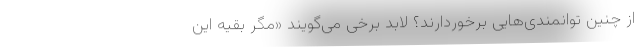
از چنین توانمندی‌هایی برخوردارند؟ لابد برخی می‌گویند «مگر بقیه این